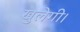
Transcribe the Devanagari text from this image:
खुलेगी।